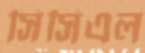
সিসিএল